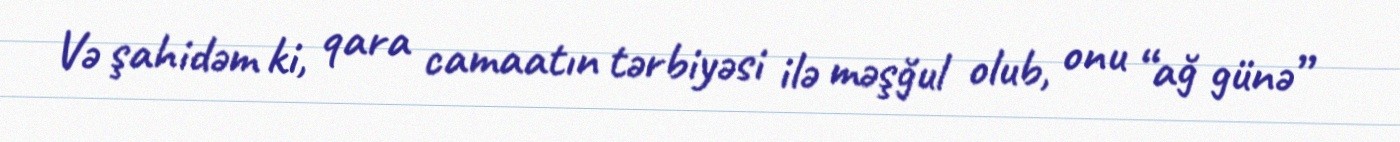
Və şahidəm ki, qara camaatın tərbiyəsi ilə məşğul olub, onu “ağ günə”